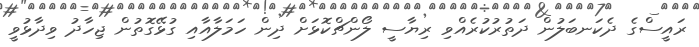
ރައީސްގެ ދެކަނބަލުން ދަތުރުކުރެއްވި ރިޔާސީ ލޯންޗްކޮޅަށް ދިން ހަމަލާއާއި ގުޅޭގޮތުން ޖިހާދު ވިދާޅުވީ